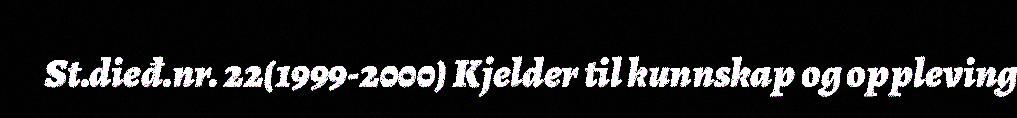
St.dieđ.nr. 22(1999-2000) Kjelder til kunnskap og oppleving